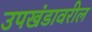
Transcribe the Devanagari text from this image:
उपखंडावरील